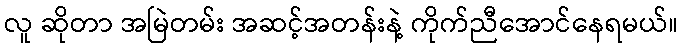
လူ ဆိုတာ အမြဲတမ်း အဆင့်အတန်းနဲ့ ကိုက်ညီအောင်နေရမယ်။